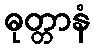
ဓုတ္တာနံ